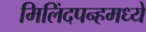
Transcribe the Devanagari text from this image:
मिलिंदपन्हमध्ये